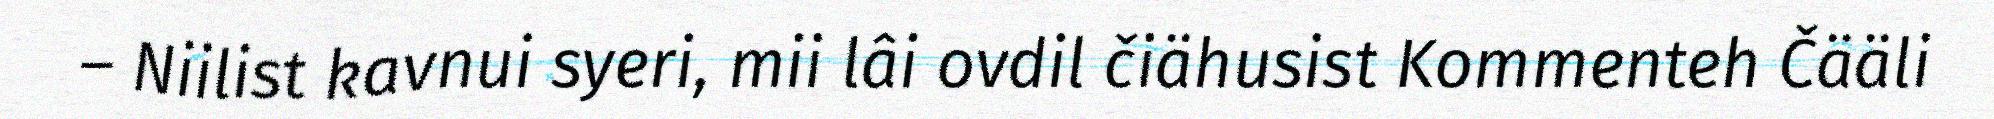
– Niilist kavnui syeri, mii lâi ovdil čiähusist Kommenteh Čääli